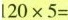
$$l20×5=$$